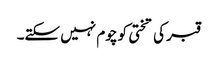
قبر کی تختی کو چوم نہیں سکتے۔